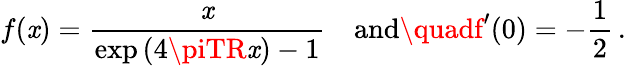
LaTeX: f(\mathit{x})=\frac{{\mathit{x}}}{{\exp{(4\piTR\mathit{x})}-1}}\quad\mathrm{{and}}\quadf^{\prime}(0)=-\frac{{1}}{{2}}\, {.}